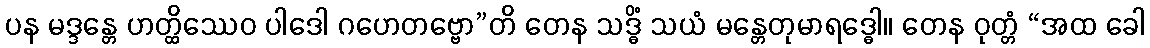
ပန မဒ္ဒန္တေ ဟတ္ထိဿေဝ ပါဒေါ ဂဟေတဗ္ဗော”တိ တေန သဒ္ဓိံ သယံ မန္တေတုမာရဒ္ဓေါ။ တေန ဝုတ္တံ “အထ ခေါ